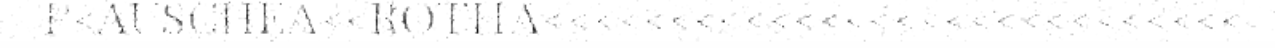
P<AUSCHEA<<ROTHA<<<<<<<<<<<<<<<<<<<<<<<<<<<<